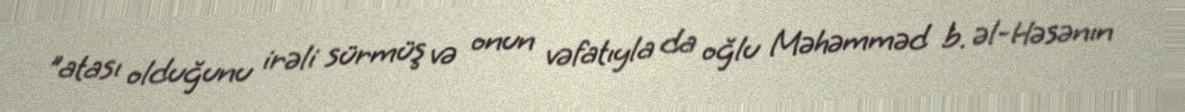
"atası olduğunu irəli sürmüş və onun vəfatıyla da oğlu Məhəmməd b. əl-Həsənın